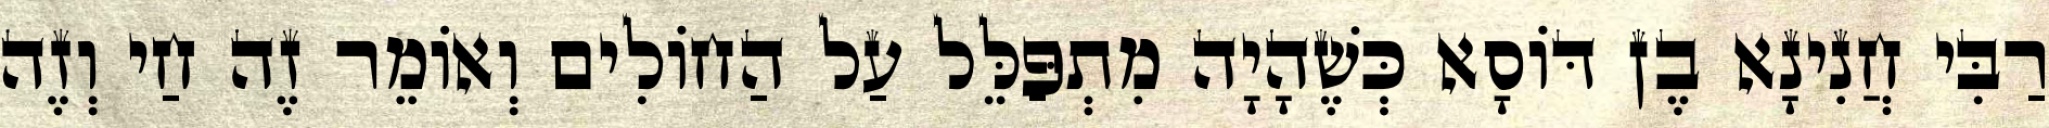
רַבִּי חֲנִינָא בֶן דּוֹסָא כְּשֶׁהָיָה מִתְפַּלֵּל עַל הַחוֹלִים וְאוֹמֵר זֶה חַי וְזֶה